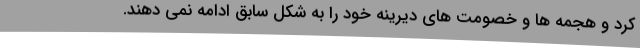
کرد و هجمه ها و خصومت های دیرینه خود را به شکل سابق ادامه نمی دهند.